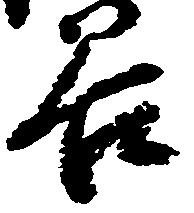
谷